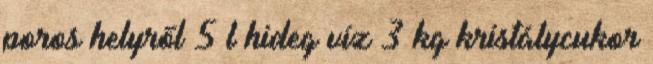
poros helyről 5 l hideg víz 3 kg kristálycukor